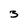
Character: 3